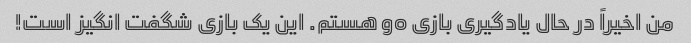
من اخیراً در حال یادگیری بازی go هستم. این یک بازی شگفت انگیز است!